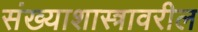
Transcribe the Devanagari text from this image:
संख्याशास्त्रावरील